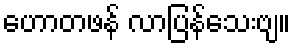
ဟောတဖန် လာပြန်သေးဗျ။